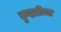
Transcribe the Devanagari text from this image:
कुदळीचा